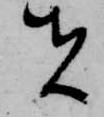
者